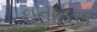
ઇતાહસ